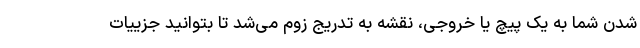
شدن شما به یک پیچ یا خروجی، نقشه به تدریج زوم می‌شد تا بتوانید جزییات